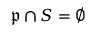
{ \mathfrak { p } } \cap S = \emptyset